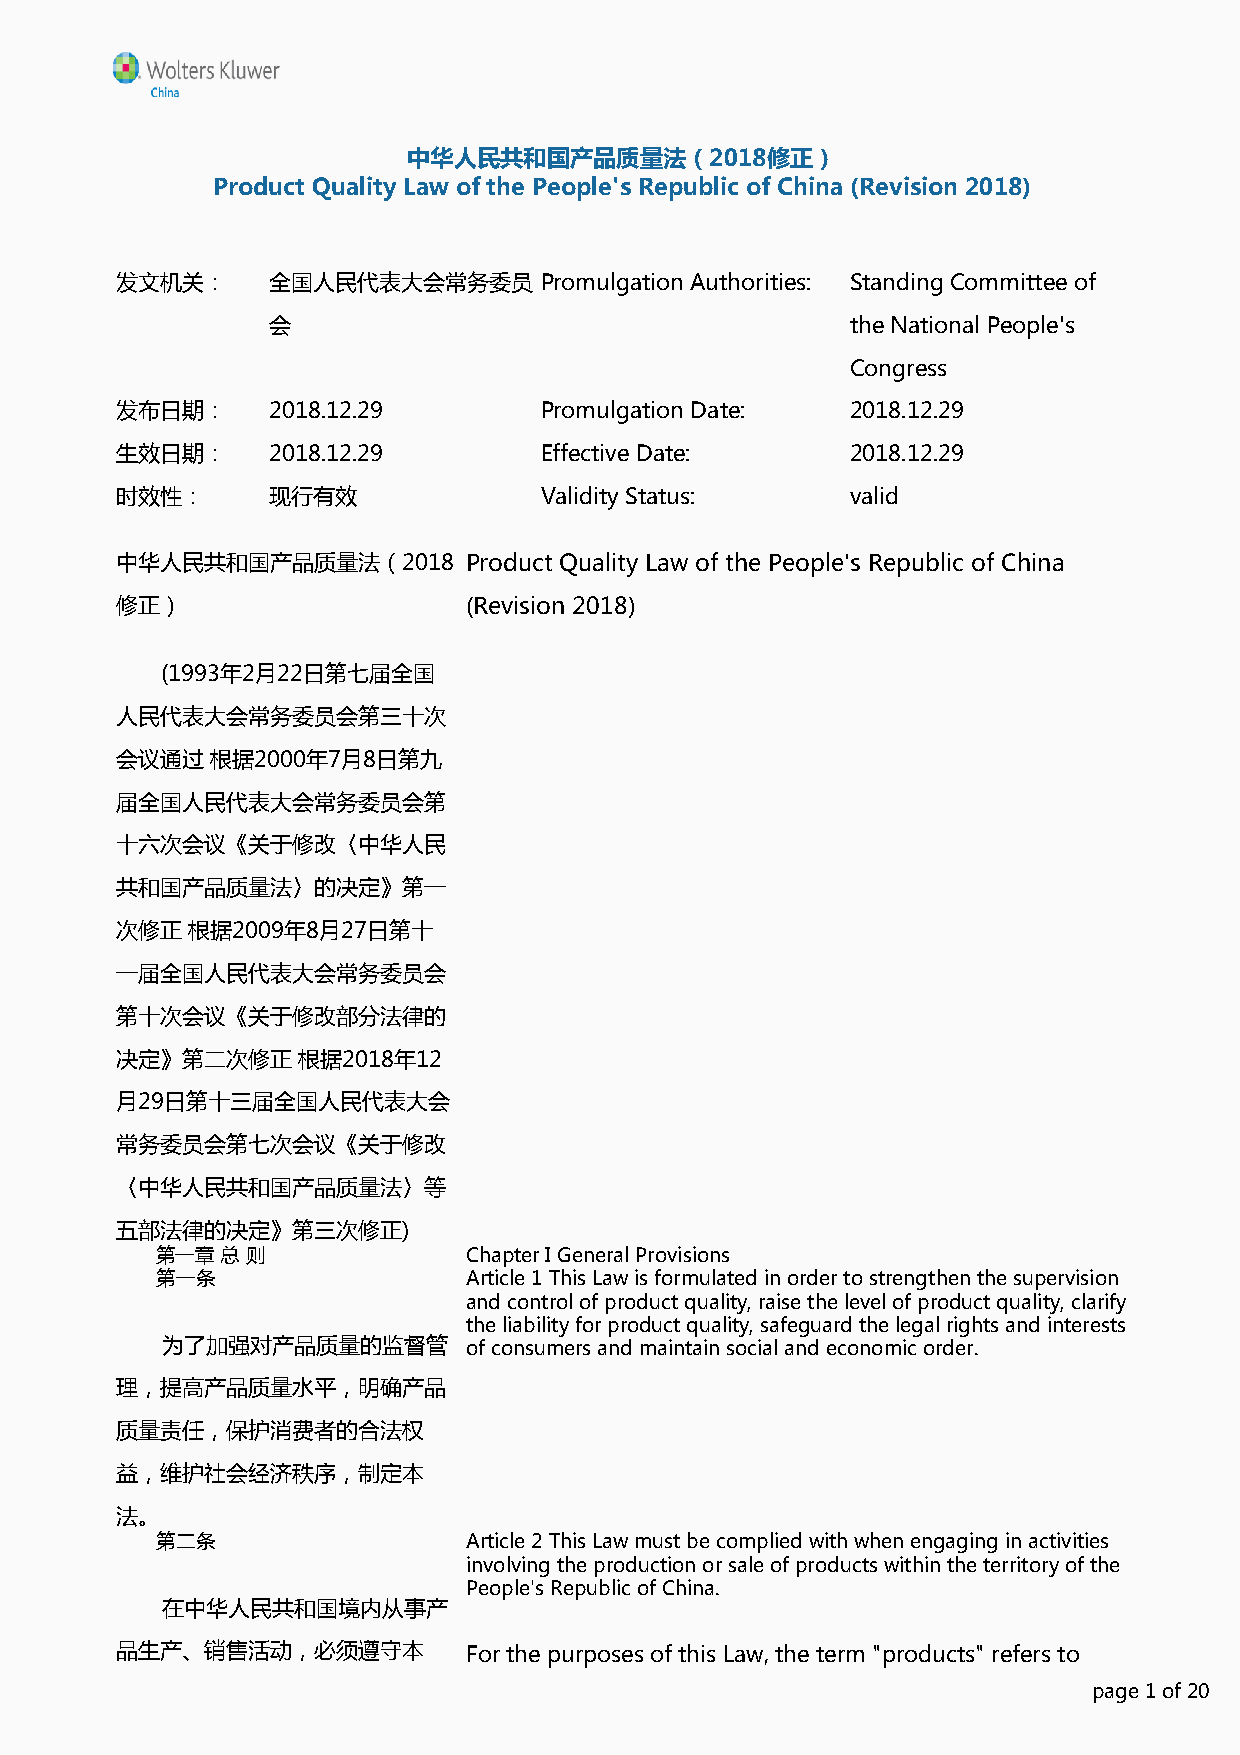
中华人民共和国产品质量法（2018修正）
 Product Quality Law of the People's Republic of China (Revision 2018)
 发文机关：     全国人民代表大会常务委员      Promulgation Authorities: Standing Committee of
 会                                     the National People's
 Congress
 发布日期：     2018.12.29        Promulgation Date:  2018.12.29
 生效日期：     2018.12.29        Effective Date:     2018.12.29
 时效性：      现行有效              Validity Status:    valid
 中华人民共和国产品质量法（2018      Product Quality Law of the People's Republic of China
 修正）                    (Revision 2018)
 (1993年2月22日第七届全国
 人民代表大会常务委员会第三十次
 会议通过  根据2000年7月8日第九
 届全国人民代表大会常务委员会第
 十六次会议《关于修改〈中华人民
 共和国产品质量法〉的决定》第一
 次修正 根据2009年8月27日第十
 一届全国人民代表大会常务委员会
 第十次会议《关于修改部分法律的
 决定》第二次修正    根据2018年12
 月29日第十三届全国人民代表大会
 常务委员会第七次会议《关于修改
 〈中华人民共和国产品质量法〉等
 五部法律的决定》第三次修正)
 第一章  总 则             Chapter I General Provisions
 第一条                  Article 1 This Law is formulated in order to strengthen the supervision
 and control of product quality, raise the level of product quality, clarify
 the liability for product quality, safeguard the legal rights and interests
 为了加强对产品质量的监督管       of consumers and maintain social and economic order.
 理，提高产品质量水平，明确产品
 质量责任，保护消费者的合法权
 益，维护社会经济秩序，制定本
 法。
 第二条                  Article 2 This Law must be complied with when engaging in activities
 involving the production or sale of products within the territory of the
 People's Republic of China.
 在中华人民共和国境内从事产
 品生产、销售活动，必须遵守本         For the purposes of this Law, the term "products" refers to
 ppaaggee 11 ooff 2200